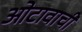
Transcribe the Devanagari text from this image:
ओटावाची